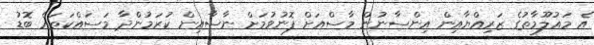
އެ މައުލޫމާތުގެ ޒަރިއްޔާއިން އިންސާނުން މާސްއަށް ފޮނުވުމަށް ނާސާއިން ކުރަމުންދާ މަސައްކަތައް ބޮޑު